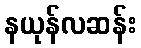
နယုန်လဆန်း